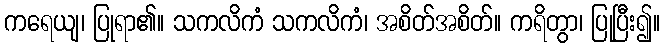
ကရေယျ၊ ပြုရာ၏။ သကလိကံ သကလိကံ၊ အစိတ်အစိတ်။ ကရိတွာ၊ ပြုပြီး၍။